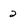
Character: 2